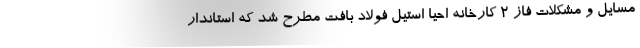
مسایل و مشکلات فاز 2 کارخانه احیا استیل فولاد بافت مطرح شد که استاندار